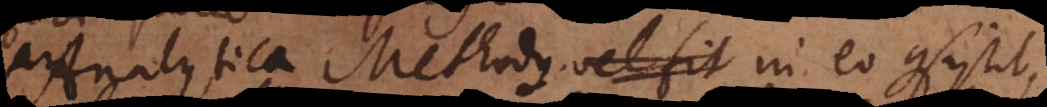
Analytica Methodus vel fit in eo consistit,